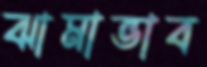
ঝামাভাব